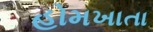
હોમખાતા